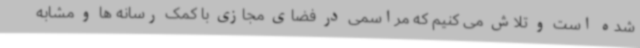
شده است و تلاش می کنیم که مراسمی در فضای مجازی با کمک رسانه ها و مشابه